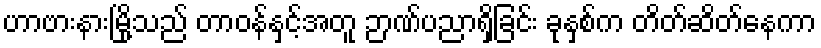
ဟာဗားနားမြို့သည် တာဝန်နှင့်အတူ ဉာဏ်ပညာရှိခြင်း ခုနှစ်က တိတ်ဆိတ်နေကာ